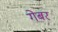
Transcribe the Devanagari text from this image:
गेबर